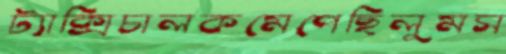
ট্যাক্সিচালকমেপেছিলুমস